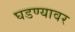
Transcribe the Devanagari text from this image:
घडण्यावर